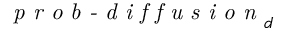
\textit { p r o b - d i f f u s i o n } _ { d }